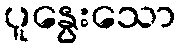
ပူနွေးသော